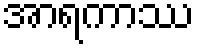
အာရကာဿ